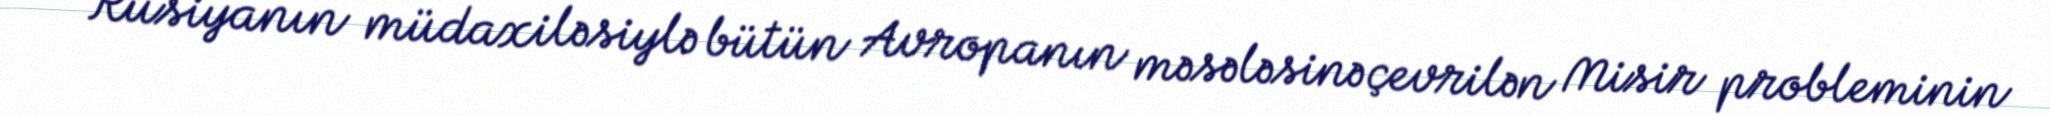
Rusiyanın müdaxiləsiylə bütün Avropanın məsələsinə çevrilən Misir probleminin